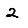
Digit: 2